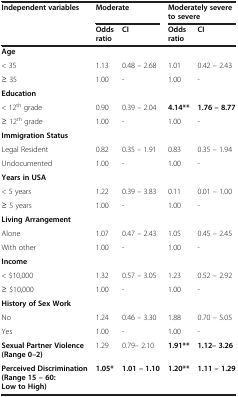
<table><thead><tr><td><b>Independent variables</b></td><td colspan="2"><b>Moderate</b></td><td colspan="2"><b>Moderately severe to severe</b></td></tr><tr><td><b> </b></td><td><b>Odds ratio</b></td><td><b>CI</b></td><td><b>Odds ratio</b></td><td><b>CI</b></td></tr></thead><tbody><tr><td><b>Age</b></td><td> </td><td> </td><td> </td><td> </td></tr><tr><td>&lt; 35</td><td>1.13</td><td>0.48 – 2.68</td><td>1.01</td><td>0.42 – 2.43</td></tr><tr><td>≥ 35</td><td>1.00</td><td>-</td><td>1.00</td><td>-</td></tr><tr><td><b>Education</b></td><td> </td><td> </td><td> </td><td> </td></tr><tr><td>&lt; 12<sup>th</sup> grade</td><td>0.90</td><td>0.39 – 2.04</td><td><b>4.14**</b></td><td><b>1.76 – 8.77</b></td></tr><tr><td>≥ 12<sup>th</sup> grade</td><td>1.00</td><td>-</td><td>1.00</td><td>-</td></tr><tr><td><b>Immigration Status</b></td><td> </td><td> </td><td> </td><td> </td></tr><tr><td>Legal Resident</td><td>0.82</td><td>0.35 – 1.91</td><td>0.83</td><td>0.35 – 1.94</td></tr><tr><td>Undocumented</td><td>1.00</td><td>-</td><td>1.00</td><td>-</td></tr><tr><td><b>Years in USA</b></td><td> </td><td> </td><td> </td><td> </td></tr><tr><td>&lt; 5 years</td><td>1.22</td><td>0.39 – 3.83</td><td>0.11</td><td>0.01 – 1.00</td></tr><tr><td>≥ 5 years</td><td>1.00</td><td>-</td><td>1.00</td><td>-</td></tr><tr><td><b>Living Arrangement</b></td><td> </td><td> </td><td> </td><td> </td></tr><tr><td>Alone</td><td>1.07</td><td>0.47 – 2.43</td><td>1.05</td><td>0.45 – 2.45</td></tr><tr><td>With other</td><td>1.00</td><td>-</td><td>1.00</td><td>-</td></tr><tr><td><b>Income</b></td><td> </td><td> </td><td> </td><td> </td></tr><tr><td>&lt; $10,000</td><td>1.32</td><td>0.57 – 3.05</td><td>1.23</td><td>0.52 – 2.92</td></tr><tr><td>≥ $10,000</td><td>1.00</td><td>-</td><td>1.00</td><td>-</td></tr><tr><td><b>History of Sex Work</b></td><td> </td><td> </td><td> </td><td> </td></tr><tr><td>No</td><td>1.24</td><td>0.46 – 3.30</td><td>1.88</td><td>0.70 – 5.05</td></tr><tr><td>Yes</td><td>1.00</td><td>-</td><td>1.00</td><td>-</td></tr><tr><td><b>Sexual Partner Violence (Range 0–2)</b></td><td>1.29</td><td>0.79– 2.10</td><td><b>1.91**</b></td><td><b>1.12– 3.26</b></td></tr><tr><td><b>Perceived Discrimination (Range 15 – 60: Low to High)</b></td><td><b>1.05*</b></td><td><b>1.01 – 1.10</b></td><td><b>1.20**</b></td><td><b>1.11 – 1.29</b></td></tr></tbody></table>